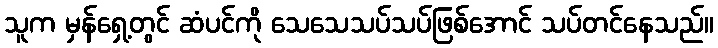
သူက မှန်ရှေ့တွင် ဆံပင်ကို သေသေသပ်သပ်ဖြစ်အောင် သပ်တင်နေသည်။